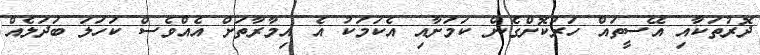
ދޮރުތަކާއި އޭސީތައް ހަރުކޮށްގެން ކަމަށާއި އެކަމަކު އެ އިމާރާތަށް އެއްވެސް ކަހަލަ ބަދަލެއް